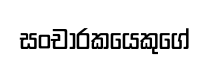
සංචාරකයෙකුගේ